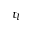
t _ { l }